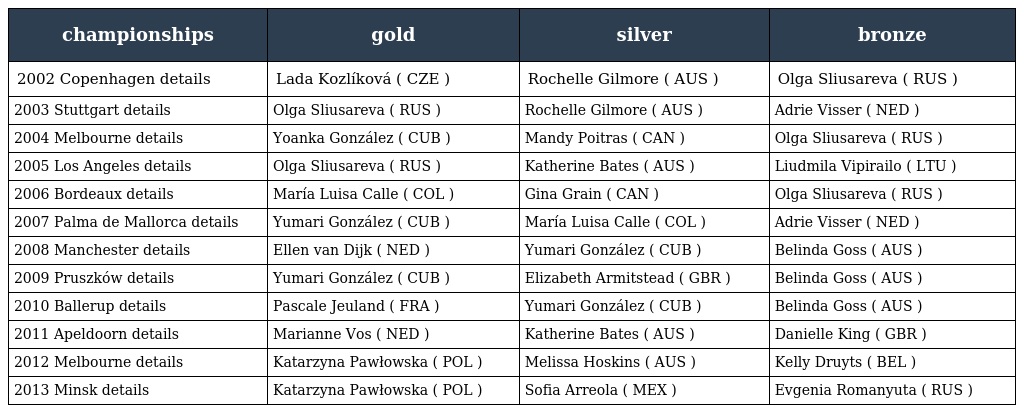
| championships | gold | silver | bronze |
 | --- | --- | --- | --- |
 | 2002 Copenhagen details | Lada Kozlíková ( CZE ) | Rochelle Gilmore ( AUS ) | Olga Sliusareva ( RUS ) |
 | 2003 Stuttgart details | Olga Sliusareva ( RUS ) | Rochelle Gilmore ( AUS ) | Adrie Visser ( NED ) |
 | 2004 Melbourne details | Yoanka González ( CUB ) | Mandy Poitras ( CAN ) | Olga Sliusareva ( RUS ) |
 | 2005 Los Angeles details | Olga Sliusareva ( RUS ) | Katherine Bates ( AUS ) | Liudmila Vipirailo ( LTU ) |
 | 2006 Bordeaux details | María Luisa Calle ( COL ) | Gina Grain ( CAN ) | Olga Sliusareva ( RUS ) |
 | 2007 Palma de Mallorca details | Yumari González ( CUB ) | María Luisa Calle ( COL ) | Adrie Visser ( NED ) |
 | 2008 Manchester details | Ellen van Dijk ( NED ) | Yumari González ( CUB ) | Belinda Goss ( AUS ) |
 | 2009 Pruszków details | Yumari González ( CUB ) | Elizabeth Armitstead ( GBR ) | Belinda Goss ( AUS ) |
 | 2010 Ballerup details | Pascale Jeuland ( FRA ) | Yumari González ( CUB ) | Belinda Goss ( AUS ) |
 | 2011 Apeldoorn details | Marianne Vos ( NED ) | Katherine Bates ( AUS ) | Danielle King ( GBR ) |
 | 2012 Melbourne details | Katarzyna Pawłowska ( POL ) | Melissa Hoskins ( AUS ) | Kelly Druyts ( BEL ) |
 | 2013 Minsk details | Katarzyna Pawłowska ( POL ) | Sofia Arreola ( MEX ) | Evgenia Romanyuta ( RUS ) |